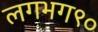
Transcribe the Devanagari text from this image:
लगभग९०